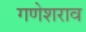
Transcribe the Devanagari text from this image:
गणेशराव